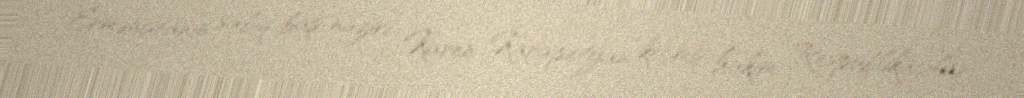
Ermənistanın sabiq baş naziri Karen Karapetyan keçmiş hakim Respublikaçılar